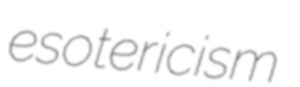
esotericism